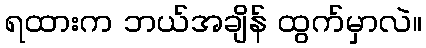
ရထားက ဘယ်အချိန် ထွက်မှာလဲ။